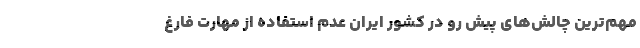
مهم‌ترین چالش‌های پیش رو در کشور ایران عدم استفاده از مهارت فارغ